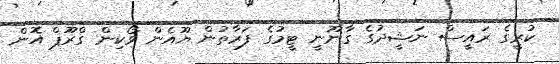
ކުރީގެ ރައީސް ނަޝީދުގެ ގާނޫނީ ޓީމުގެ ފަރާތުން ޔޫއެން ވޯކިން ގްރޫޕް އޮން